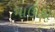
માઊથ